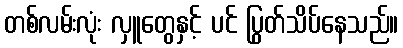
တစ်လမ်းလုံး လှူတွေနှင့် ပင် ပြွတ်သိပ်နေသည်။